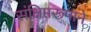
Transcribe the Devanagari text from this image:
संक्षिप्तरूपाने